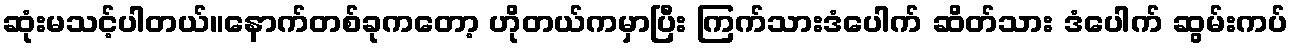
ဆုံးမသင့်ပါတယ်။နောက်တစ်ခုကတော့ ဟိုတယ်ကမှာပြီး ကြက်သားဒံပေါက် ဆိတ်သား ဒံပေါက် ဆွမ်းကပ်